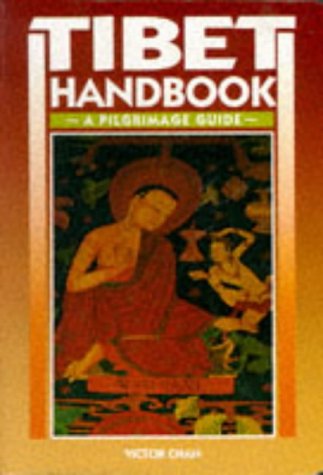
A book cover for Tibet Handbook (Moon Travel Guide); Victor Chan; Travel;